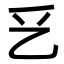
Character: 乥